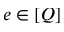
e \in [ Q ]